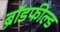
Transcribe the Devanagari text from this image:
ब्रॉडफील्ड